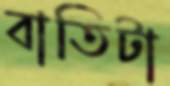
বাতিটা